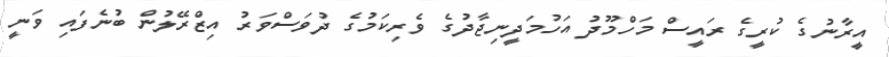
އީރާނުގެ ކުރީގެ ރައީސް މަހްމޫދު އަހުމަދީނިޖާދުގެ ވެރިކަމުގެ ދުވަސްވަރު އިޒްރޭލުން ބުނެފައި ވަނީ